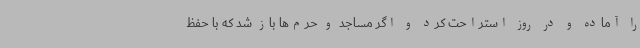
را آماده و در روز استراحت کرد و اگر مساجد و حرم‌ها باز شد که با حفظ